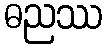
ဓညဿ